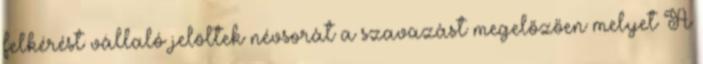
felkérést vállaló jelöltek névsorát a szavazást megelőzően melyet A